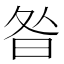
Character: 昝